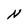
Character: N